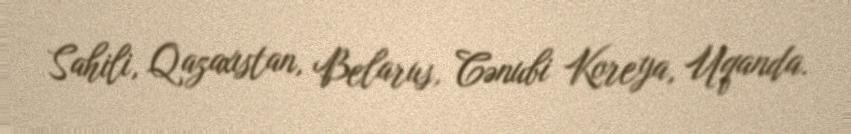
Sahili, Qazaxıstan, Belarus, Cənubi Koreya, Uqanda.